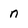
Character: n